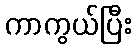
ကာကွယ်ပြီး